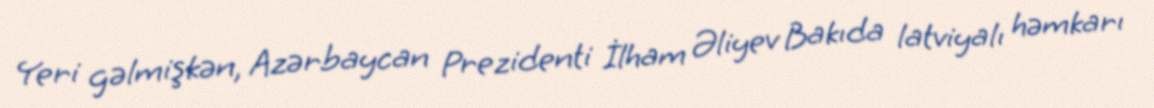
Yeri gəlmişkən, Azərbaycan Prezidenti İlham Əliyev Bakıda latviyalı həmkarı